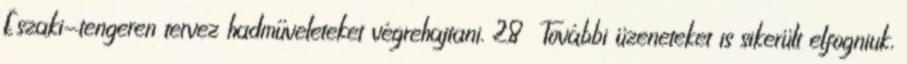
Északi-tengeren tervez hadműveleteket végrehajtani. 28 További üzeneteket is sikerült elfogniuk,